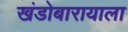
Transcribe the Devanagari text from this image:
खंडोबारायाला